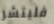
فليتشر